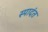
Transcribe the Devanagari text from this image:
स्पादंत